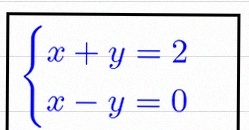
\begin{cases}x+y=2\\x-y=0\end{cases}